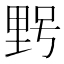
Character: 𮡓